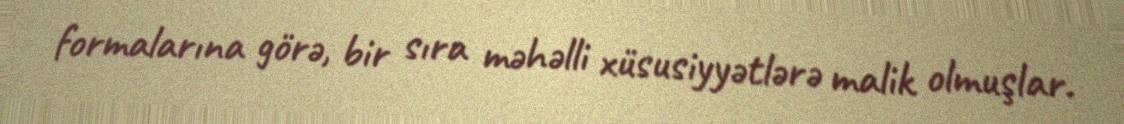
formalarına görə, bir sıra məhəlli xüsusiyyətlərə malik olmuşlar.